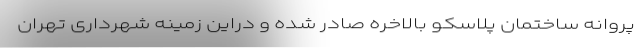
پروانه ساختمان پلاسکو بالاخره صادر شده و دراین زمینه شهرداری تهران